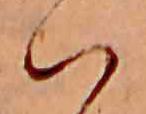
は